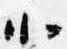
北